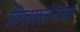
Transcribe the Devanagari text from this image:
विजयसेनाचा